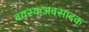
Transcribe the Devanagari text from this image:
वयस्कअवसादक